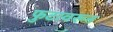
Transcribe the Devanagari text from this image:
फुटावरून